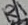
Text: R1